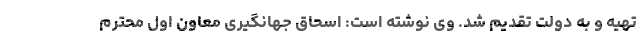
تهیه و به دولت تقدیم شد. وی نوشته است: اسحاق جهانگیری معاون اول محترم